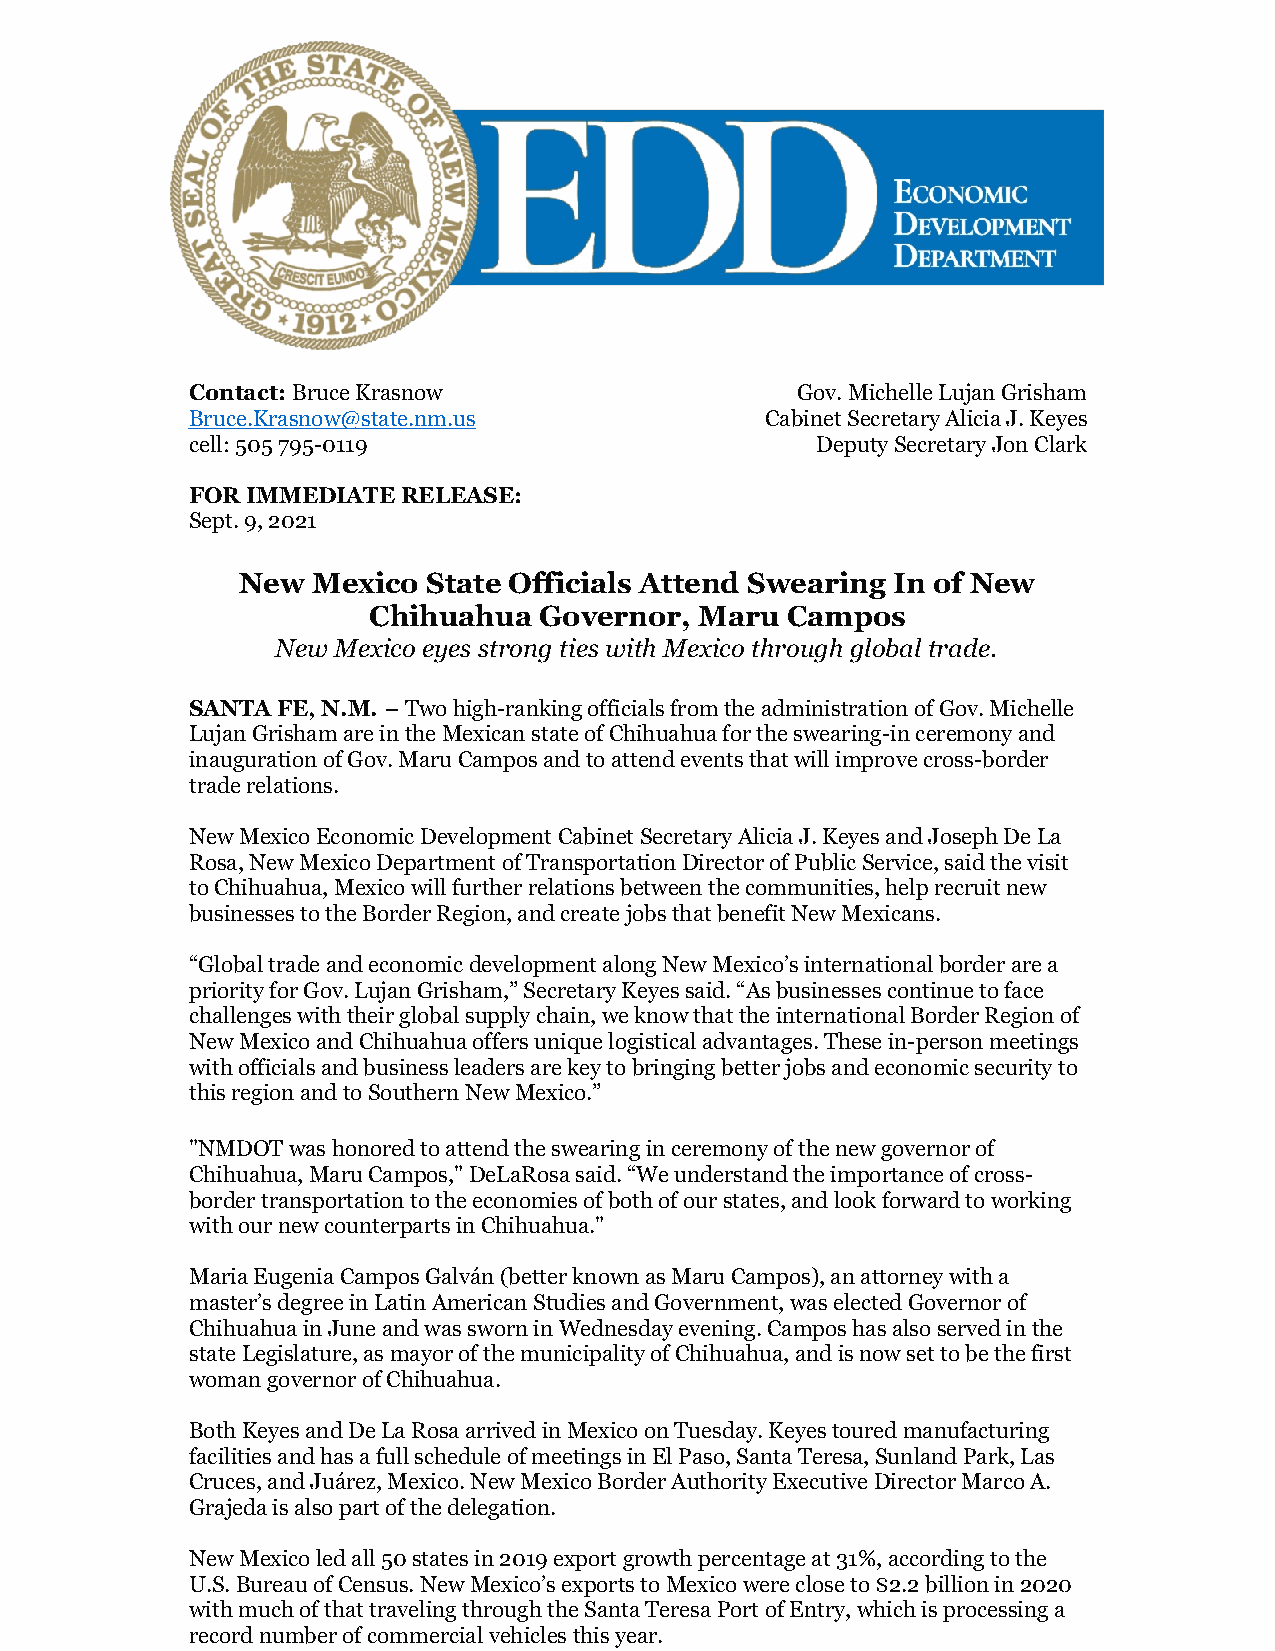
Contact: Bruce Krasnow                  Gov. Michelle Lujan Grisham
 B​ruce.Krasnow@state.nm.us            Cabinet Secretary Alicia J. Keyes
 cell: 505 795-0119                       Deputy Secretary Jon Clark
 FOR IMMEDIATE RELEASE:
 Sept. 9, 2021
 New  Mexico State Officials Attend Swearing In of New
 Chihuahua   Governor, Maru  Campos
 New Mexico eyes strong ties with Mexico through global trade.
 SANTA FE, N.M. – Two high-ranking officials from the administration of Gov. Michelle
 Lujan Grisham are in the Mexican state of Chihuahua for the swearing-in ceremony and
 inauguration of Gov. Maru Campos and to attend events that will improve cross-border
 trade relations.
 New Mexico Economic Development Cabinet Secretary Alicia J. Keyes and Joseph De La
 Rosa, New Mexico Department of Transportation Director of Public Service, said the visit
 to Chihuahua, Mexico will further relations between the communities, help recruit new
 businesses to the Border Region, and create jobs that benefit New Mexicans.
 “Global trade and economic development along New Mexico’s international border are a
 priority for Gov. Lujan Grisham,” Secretary Keyes said. “As businesses continue to face
 challenges with their global supply chain, we know that the international Border Region of
 New Mexico and Chihuahua offers unique logistical advantages. These in-person meetings
 with officials and business leaders are key to bringing better jobs and economic security to
 this region and to Southern New Mexico.”
 "NMDOT was honored to attend the swearing in ceremony of the new governor of
 Chihuahua, Maru Campos," DeLaRosa said. “We understand the importance of cross-
 border transportation to the economies of both of our states, and look forward to working
 with our new counterparts in Chihuahua."
 Maria Eugenia Campos Galván (better known as Maru Campos), an attorney with a
 master’s degree in Latin American Studies and Government, was elected Governor of
 Chihuahua in June and was sworn in Wednesday evening. Campos has also served in the
 state Legislature, as mayor of the municipality of Chihuahua, and is now set to be the first
 woman governor of Chihuahua.
 Both Keyes and De La Rosa arrived in Mexico on Tuesday. Keyes toured manufacturing
 facilities and has a full schedule of meetings in El Paso, Santa Teresa, Sunland Park, Las
 Cruces, and Juárez, Mexico. New Mexico Border Authority Executive Director Marco A.
 Grajeda is also part of the delegation.
 New Mexico led all 50 states in 2019 export growth percentage at 31%, according to the
 U.S. Bureau of Census. New Mexico’s exports to Mexico were close to $2.2 billion in 2020
 with much of that traveling through the Santa Teresa Port of Entry, which is processing a
 record number of commercial vehicles this year.